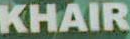
KHAIR